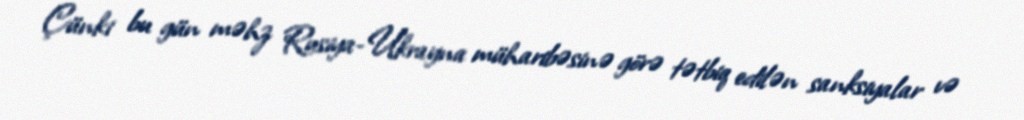
Çünki bu gün məhz Rusiya-Ukrayna müharibəsinə görə tətbiq edilən sanksiyalar və